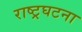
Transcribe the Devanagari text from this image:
राष्ट्रघटना